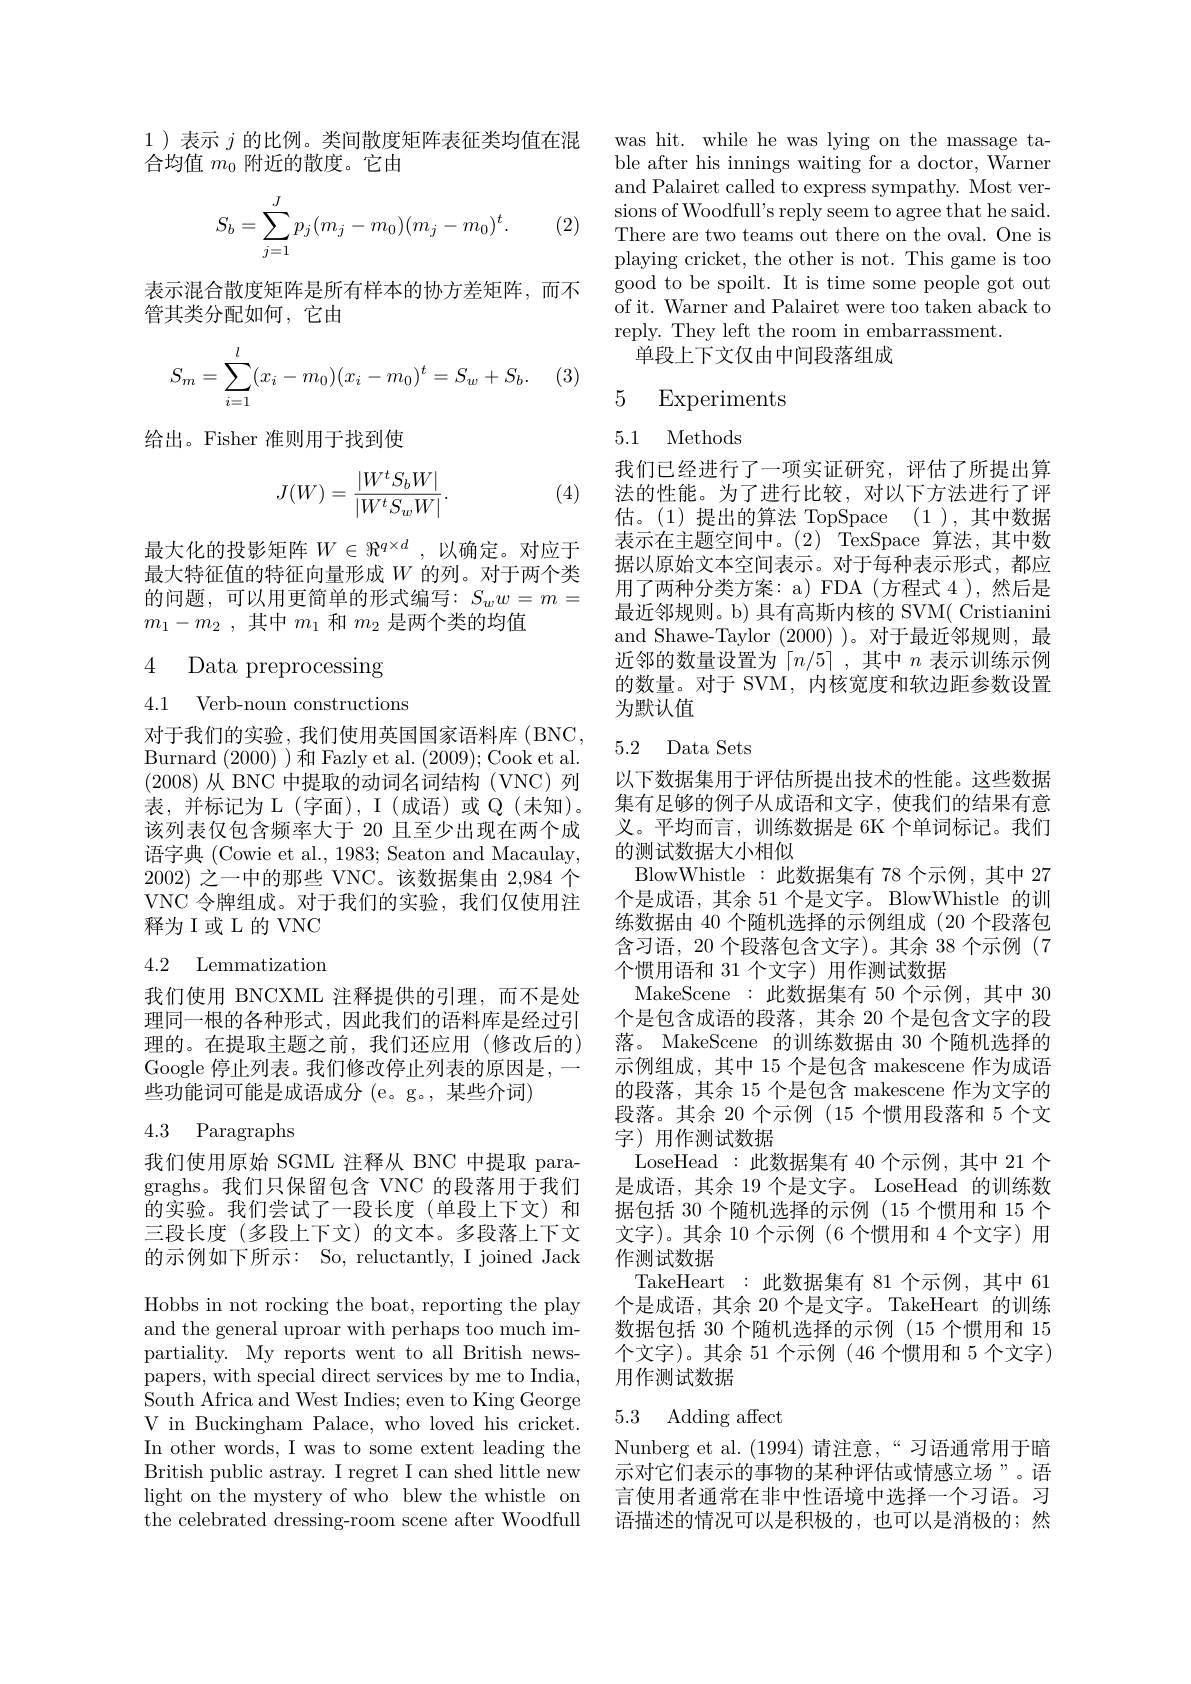
1)表示$j$的比例。类间散度矩阵表征类均值在混
合均值$m_0$附近的散度。它由
$$\begin{aligned}S_b=\sum_{j=1}^Jp_j(m_j-m_0)(m_j-m_0)^t.\end{aligned}$$
(2)

表示混合散度矩阵是所有样本的协方差矩阵，而不
管其类分配如何，它由

(3)
$$\begin{aligned}S_m=\sum_{i=1}^l(x_i-m_0)(x_i-m_0)^t=S_w+S_b.\end{aligned}$$
给出。Fisher 准则用于找到使

(4)
$$J(W)=\frac{|W^tS_bW|}{|W^tS_wW|}.$$
最大化的投影矩阵$W\in\Re^{q\times d}$,以确定。对应于最大特征值的特征向量形成$W$的列。对于两个类的问题，可以用更简单的形式编写：$S_ww=m=$ $m_1- m_2$ ,其中$m_1$和$m_2$是两个类的均值

对于我们的实验，我们使用英国国家语料库(BNC, Burnard (2000) )和 Fazly et al. (2009);Cook et al. (2008)从 BNC 中提取的动词名词结构(VNC)列表，并标记为 L(字面), I(成语)或 Q(未知)。该列表仅包含频率大于 20 且至少出现在两个成语字典 (Cowie et al., 1983; Seaton and Macaulay, 2002)之一中的那些 VNC。该数据集由 2,984 个VNC 令牌组成。对于我们的实验，我们仅使用注释为I或L的VNC

## 4.2 Lemmatization

我们使用 BNCXML 注释提供的引理，而不是处理同一根的各种形式，因此我们的语料库是经过引理的。在提取主题之前，我们还应用(修改后的) Google 停止列表。我们修改停止列表的原因是，- 些功能词可能是成语成分 (e。g。, 某些介词)

# 4.3 Paragraphs

我们使用原始 SGML 注释从 BNC 中提取 paragraghs。我们只保留包含 VNC 的段落用于我们的实验。我们尝试了一段长度(单段上下文)和三段长度(多段上下文)的文本。多段落上下文的示例如下所示：So, reluctantly, I joined Jack

Hobbs in not rocking the boat, reporting the play and the general uproar with perhaps too much impartiality. My reports went to all British newspapers, with special direct services by me to India, ${\mathrm{South~Africa~and~West~Indies;~even~to~King~George}}$ V in Buckingham Palace, who loved his cricket. In other words, I was to some extent leading the British public astray. I regret I can shed little new light on the mystery of who blew the whistle on the celebrated dressing-room scene after Woodfull

was hit. while he was lying on the massage table after his innings waiting for a doctor, Warner and Palairet called to express sympathy. Most versions of Woodfull's reply seem to agree that he said. There are two teams out there on the oval. One is playing cricket, the other is not. This game is too good to be spoilt. It is time some people got out of it. Warner and Palairet were too taken aback to reply. They left the room in embarrassment.
单段上下文仅由中间段落组成

5 Experiments

# 5.1 Methods

我们已经进行了一项实证研究，评估了所提出算法的性能。为了进行比较，对以下方法进行了评估。(1)提出的算法 TopSpace (1),其中数据表示在主题空间中。(2) TexSpace 算法，其中数据以原始文本空间表示。对于每种表示形式，都应用了两种分类方案：a) FDA(方程式 4 ),然后是最近邻规则。b) 具有高斯内核的 SVM( Cristianini and Shawe-Taylor (2000) )。对于最近邻规则，最近邻的数量设置为「$n/5\rceil$,其中$n$表示训练示例的数量。对于 SVM, 内核宽度和软边距参数设置为默认值

# 5.2 Data Sets

以下数据集用于评估所提出技术的性能。这些数据集有足够的例子从成语和文字，使我们的结果有意义。平均而言，训练数据是 6K 个单词标记。我们的测试数据大小相似
BlowWhistle:此数据集有 78 个示例，其中 27个是成语，其余 51 个是文字。BlowWhistle 的训练数据由 40 个随机选择的示例组成 (20 个段落包含习语，20 个段落包含文字)。其余 38 个示例 (7个惯用语和 31 个文字) 用作测试数据
MakeScene :此数据集有 50 个示例，其中 30个是包含成语的段落，其余 20 个是包含文字的段落。MakeScene 的训练数据由 30 个随机选择的示例组成，其中 15 个是包含 makescene 作为成语的段落，其余 15 个是包含 makescene 作为文字的段落。其余 20 个示例 (15 个惯用段落和 5 个文字)用作测试数据
LoseHead:此数据集有 40 个示例，其中 21 个是成语，其余 19 个是文字。LoseHead 的训练数据包括 30 个随机选择的示例 (15 个惯用和 15 个文字)。其余 10 个示例 (6 个惯用和 4 个文字) 用作测试数据
TakeHeart :此数据集有 81 个示例，其中 61个是成语，其余 20 个是文字。TakeHeart 的训练数据包括 30 个随机选择的示例 (15 个惯用和 15个文字)。其余 51 个示例 (46 个惯用和 5 个文字) 用作测试数据

# 5.3 Adding affect

Nunberg et al. (1994) 请注意，“习语通常用于暗示对它们表示的事物的某种评估或情感立场”。语言使用者通常在非中性语境中选择一个习语。习语描述的情况可以是积极的，也可以是消极的；然